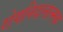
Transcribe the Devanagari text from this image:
रोगनिदानात्मक